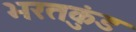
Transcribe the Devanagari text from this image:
भरतकुंड